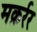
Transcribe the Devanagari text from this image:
मक़र्रर